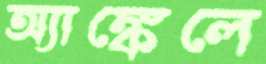
অ্যাঙ্কেলে